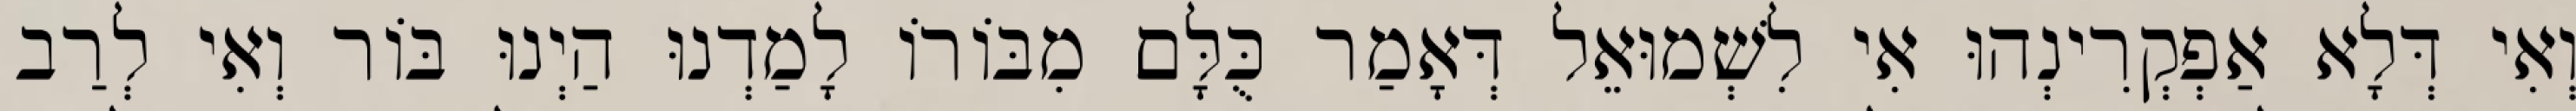
וְאִי דְּלָא אַפְקְרִינְהוּ אִי לִשְׁמוּאֵל דְּאָמַר כֻּלָּם מִבּוֹרוֹ לָמַדְנוּ הַיְנוּ בּוֹר וְאִי לְרַב